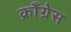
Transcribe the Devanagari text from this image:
क्राँग्रेस